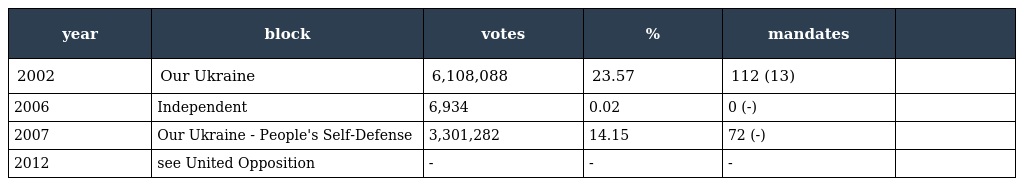
| year | block | votes | % | mandates |  |
 | --- | --- | --- | --- | --- | --- |
 | 2002 | Our Ukraine | 6,108,088 | 23.57 | 112 (13) |  |
 | 2006 | Independent | 6,934 | 0.02 | 0 (-) |  |
 | 2007 | Our Ukraine - People's Self-Defense | 3,301,282 | 14.15 | 72 (-) |  |
 | 2012 | see United Opposition | - | - | - |  |